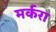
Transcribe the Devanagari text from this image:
मर्करा